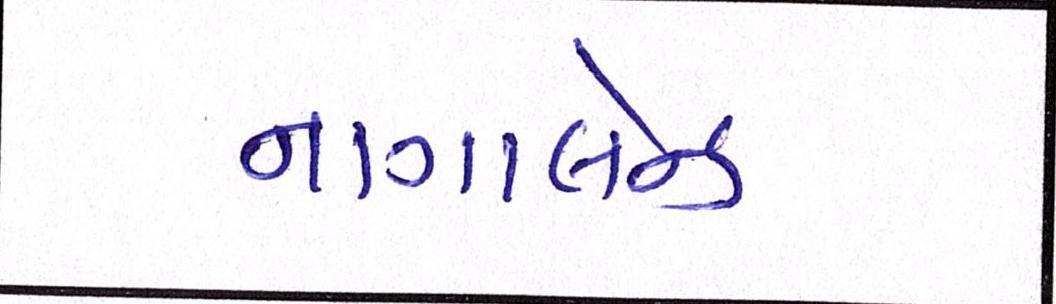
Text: નાગાલેન્ડ